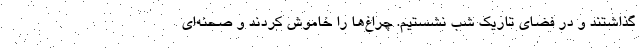
گذاشتند و در فضای تاریک شب نشستیم. چراغ‌ها را خاموش کردند و صحنه‌ای